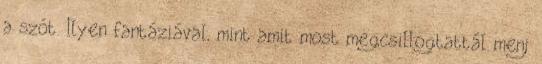
a szót. Ilyen fantáziával, mint amit most megcsillogtattál menj